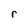
Character: r